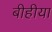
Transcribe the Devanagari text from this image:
बीहीया